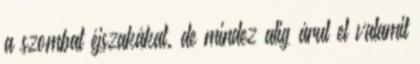
a szombat éjszakákat. de mindez alig árul el valamit